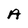
Character: A